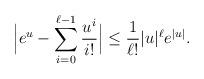
LaTeX: \begin{align*}\Big|e^u -\sum_{i=0}^{\ell-1} \frac{u^i}{i!}\Big| \leq \frac{1}{\ell!} |u|^\ell e^{|u|}.\end{align*}